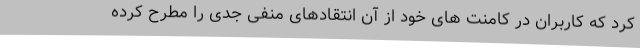
کرد که کاربران در کامنت های خود از آن انتقادهای منفی جدی را مطرح کرده